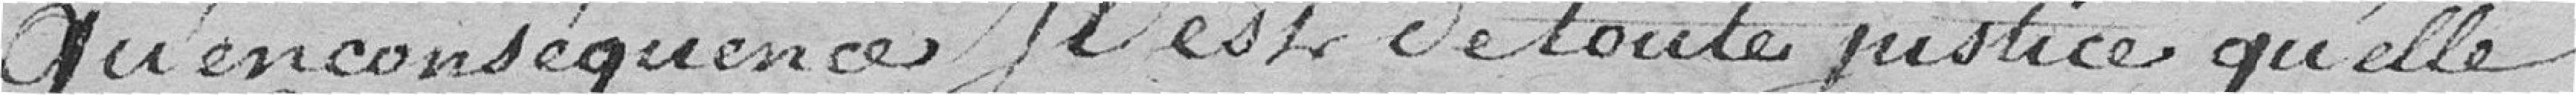
Qu'en conséquence Il est de toute justice qu'elle